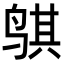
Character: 𬸒